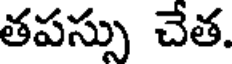
తపస్సు చేత.